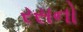
રસનો